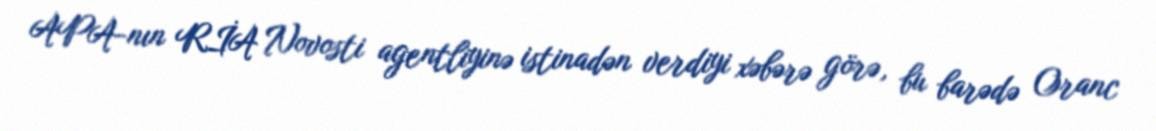
APA-nın RİA Novosti agentliyinə istinadən verdiyi xəbərə görə, bu barədə Oranc